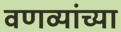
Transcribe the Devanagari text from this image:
वणव्यांच्या